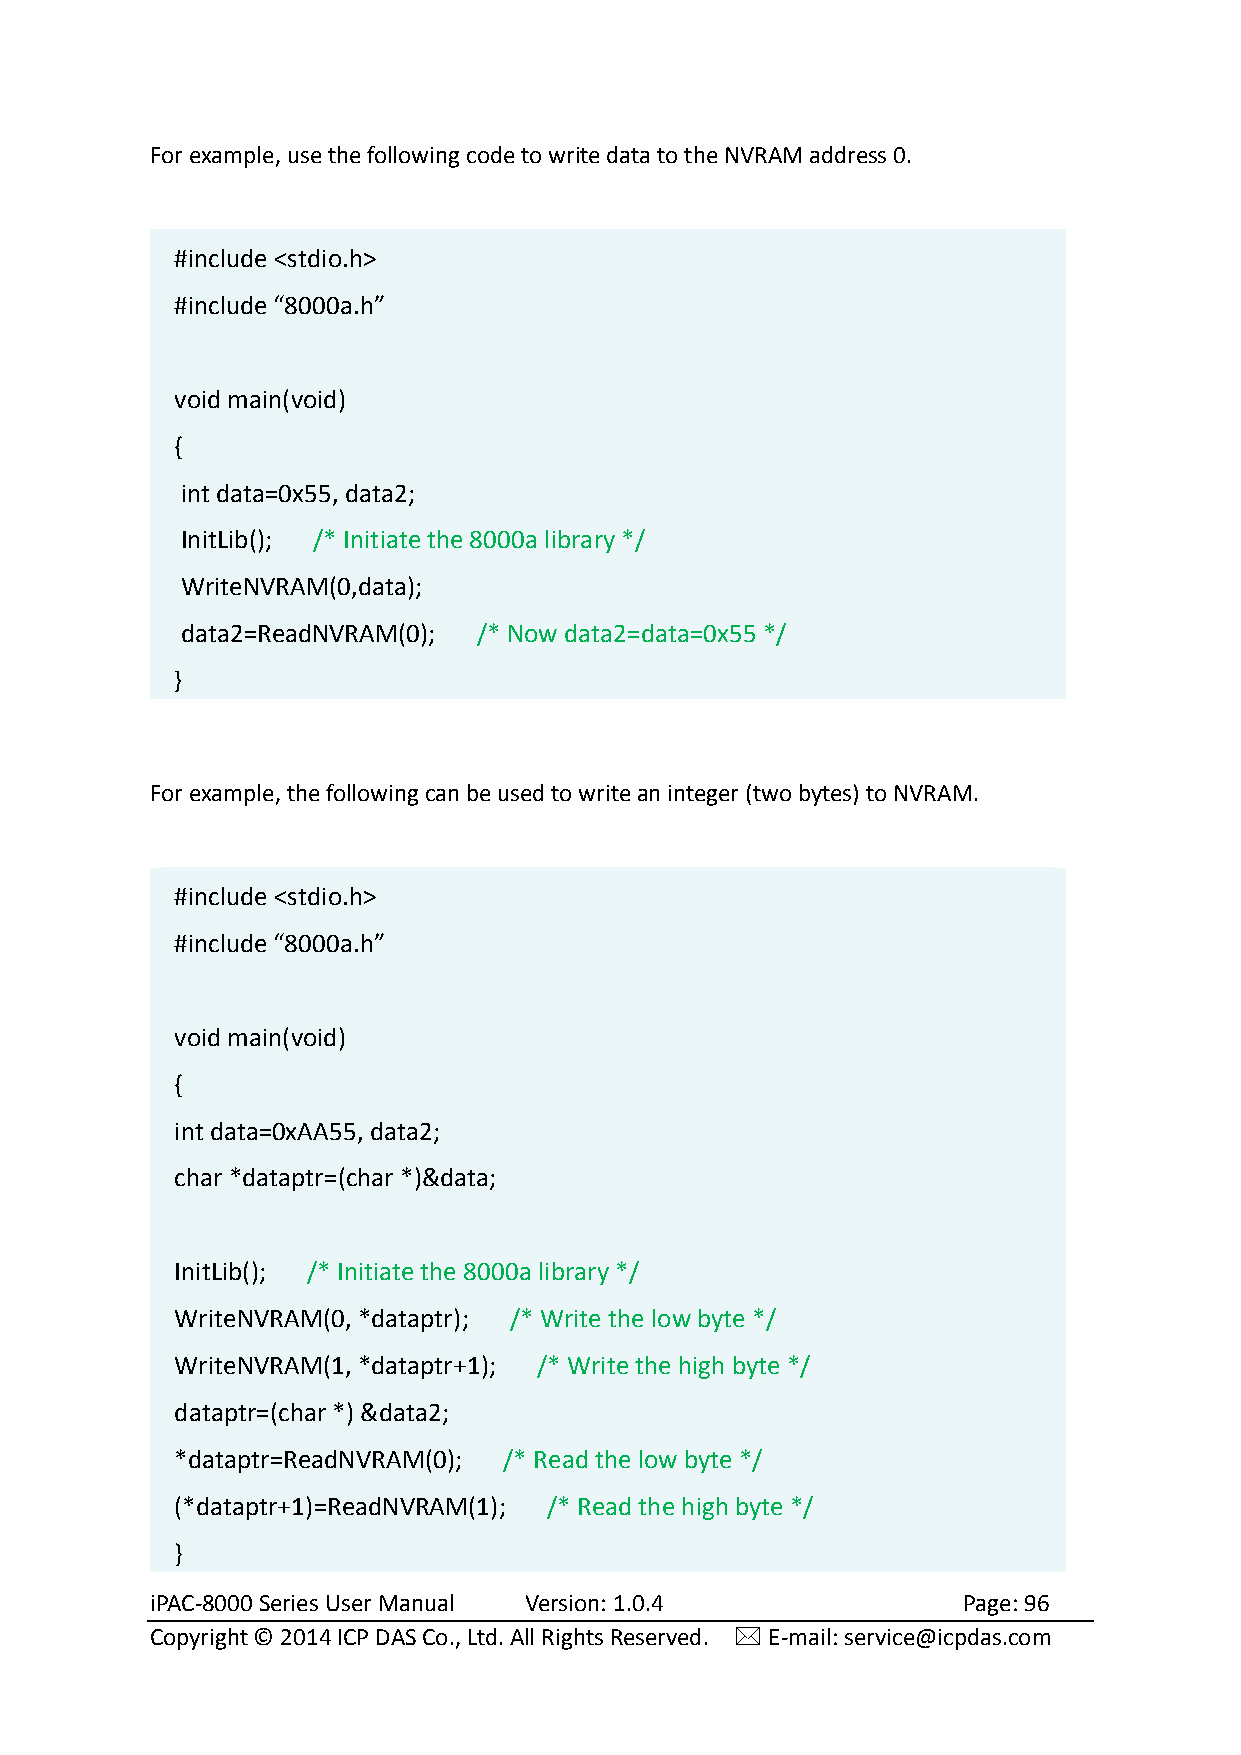
For example, use the following code to write data to the NVRAM address 0.
 #include <stdio.h>
 #include “8000a.h”
 void main(void)
 {
 int data=0x55, data2;
 InitLib(); /* Initiate the 8000a library */
 WriteNVRAM(0,data);
 data2=ReadNVRAM(0); /* Now data2=data=0x55 */
 }
 For example, the following can be used to write an integer (two bytes) to NVRAM.
 #include <stdio.h>
 #include “8000a.h”
 void main(void)
 {
 int data=0xAA55, data2;
 char *dataptr=(char *)&data;
 InitLib(); /* Initiate the 8000a library */
 WriteNVRAM(0, *dataptr); /* Write the low byte */
 WriteNVRAM(1, *dataptr+1); /* Write the high byte */
 dataptr=(char *) &data2;
 *dataptr=ReadNVRAM(0); /* Read the low byte */
 (*dataptr+1)=ReadNVRAM(1); /* Read the high byte */
 }
 iPAC-8000 Series User Manual Version: 1.0.4           Page: 96
 Copyright © 2014 ICP DAS Co., Ltd. All Rights Reserved.  E-mail: service@icpdas.com